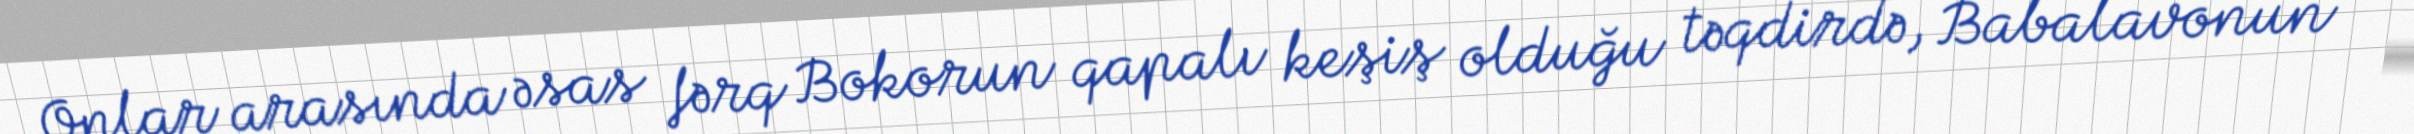
Onlar arasında əsas fərq Bokorun qapalı keşiş olduğu təqdirdə, Babalavonun